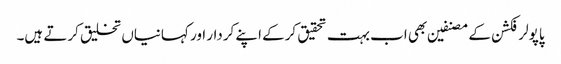
پاپولر فکشن کے مصنفین بھی اب بہت تحقیق کرکے اپنے کردار اور کہانیاں تخلیق کرتے ہیں۔